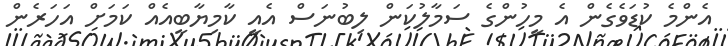
އެންމެ ކުޑަވެގެން އެ މީހުންގެ ސަމާލުކަން ލިބުނަސް އެއީ ކާމިޔާބީއެއް ކަމަށް އަހަރެން